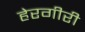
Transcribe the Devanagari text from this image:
हेरगीरी